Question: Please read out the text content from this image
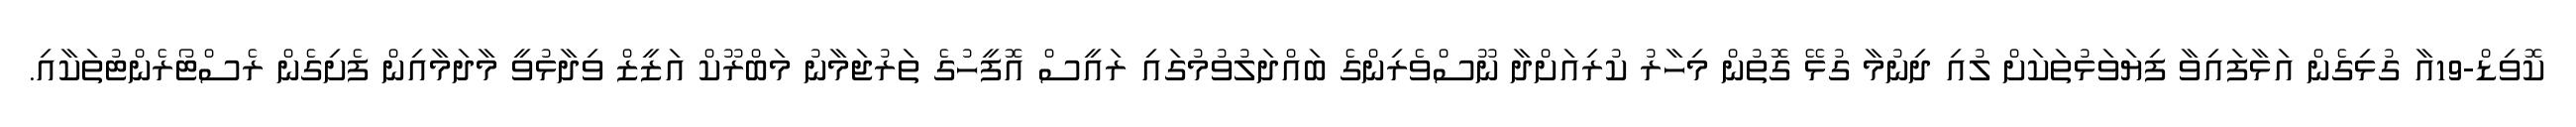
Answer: ކޮވިޑް-19އާ ގުޅިގެން އަޅާފައިވާ ފިޔަވަޅުތަކަށް ލުއި ދިނުމާ ގުޅޭ ގޮތުން މިހާރު ކުރިއަށްދާ ނޫސްވެރިންގެ ބައްދަލުވުމުގައި ރައީސް އޮފީހުގެ ތަރުޖަމާނު މަބްރޫކް އަޒީޒް ވިދާޅުވީ މާދަމާއިން ފެށިގެން ރެސްޓޯރެންޓުތަކާއި.